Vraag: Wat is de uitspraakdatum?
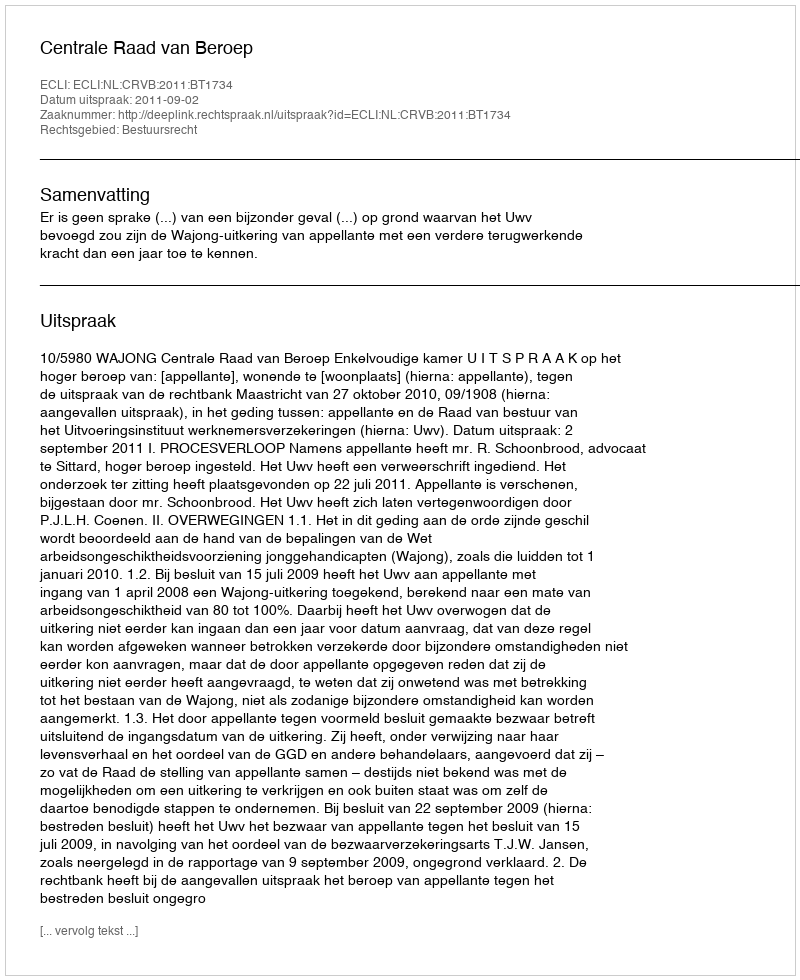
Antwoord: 2011-09-02